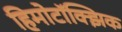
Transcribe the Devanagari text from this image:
हिमोटॉक्झिक